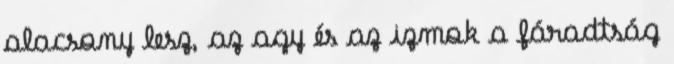
alacsony lesz, az agy és az izmok a fáradtság